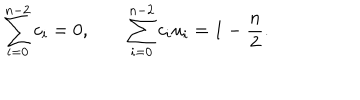
LaTeX: \sum _ { i = 0 } ^ { n - 2 } c _ { i } = 0 , \qquad \sum _ { i = 0 } ^ { n - 2 } c _ { i } u _ { i } = 1 - { \frac { n } { 2 } } .